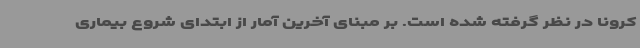
کرونا در نظر گرفته شده است. بر مبنای آخرین آمار از ابتدای شروع بیماری